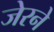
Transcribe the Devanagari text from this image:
जेरने